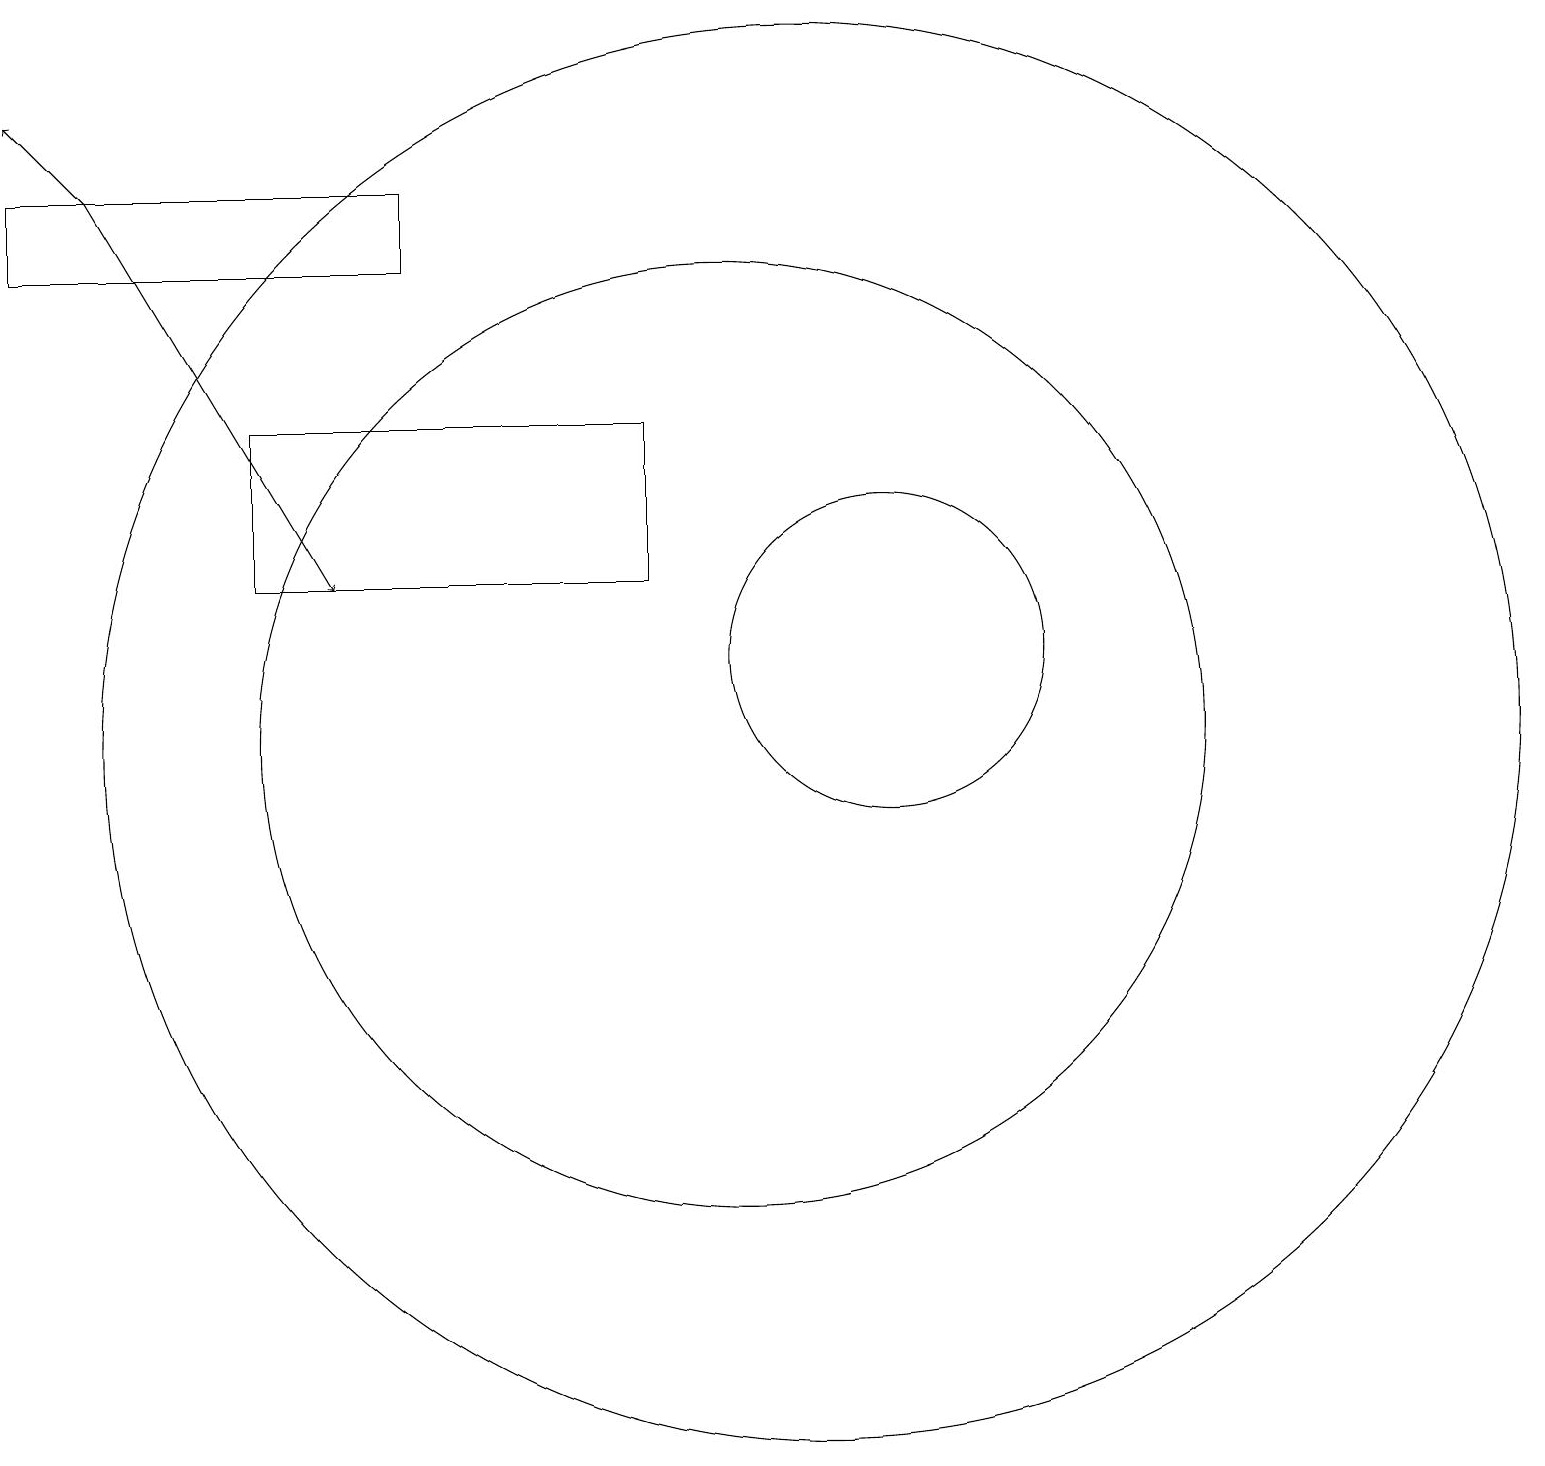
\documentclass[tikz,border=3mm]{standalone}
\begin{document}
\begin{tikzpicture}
\draw[->] (2,18) -- (1,19);
\draw (10,11) circle (6);
\draw (12,12) circle (2);
\draw (4,15) rectangle (9,13);
\draw (11,11) circle (9);
\draw (6,18) rectangle (1,17);
\draw[->] (2,18) -- (5,13);
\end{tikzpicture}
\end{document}